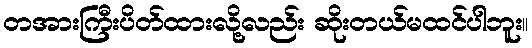
တအားကြီးပိတ်ထားလို့လည်း ဆိုးတယ်မထင်ပါဘူး။